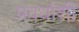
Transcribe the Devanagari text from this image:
प्रवर्धाशी